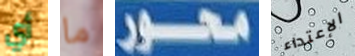
أي ما محور الإعتداء